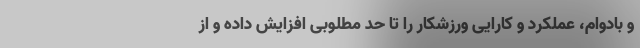
و بادوام، عملکرد و کارایی ورزشکار را تا حد مطلوبی افزایش داده و از